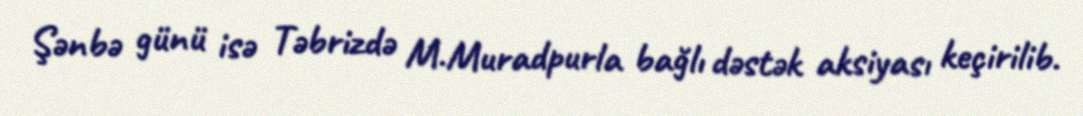
Şənbə günü isə Təbrizdə M.Muradpurla bağlı dəstək aksiyası keçirilib.